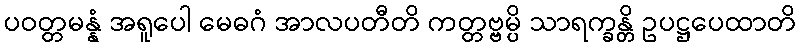
ပဝတ္တမန္နံ အရူပေါ မေဓဂံ အာလပတီတိ ကတ္တဗ္ဗမ္ပိ သာရက္ခန္တိ ဥပဋ္ဌပေထာတိ